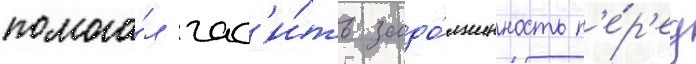
помога́л гас'и́ть задо́лженность п'е́р'ед